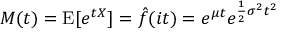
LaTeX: M ( t ) = \operatorname { E } [ e ^ { t X } ] = { \hat { f } } ( i t ) = e ^ { \mu t } e ^ { { \frac { 1 } { 2 } } \sigma ^ { 2 } t ^ { 2 } }